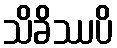
သိခိဿပိ